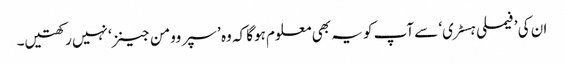
ان کی ’فیملی ہسٹری‘ سے آپ کو یہ بھی معلوم ہوگا کہ وہ ’ سپر وومن جینز‘ نہیں رکھتیں۔